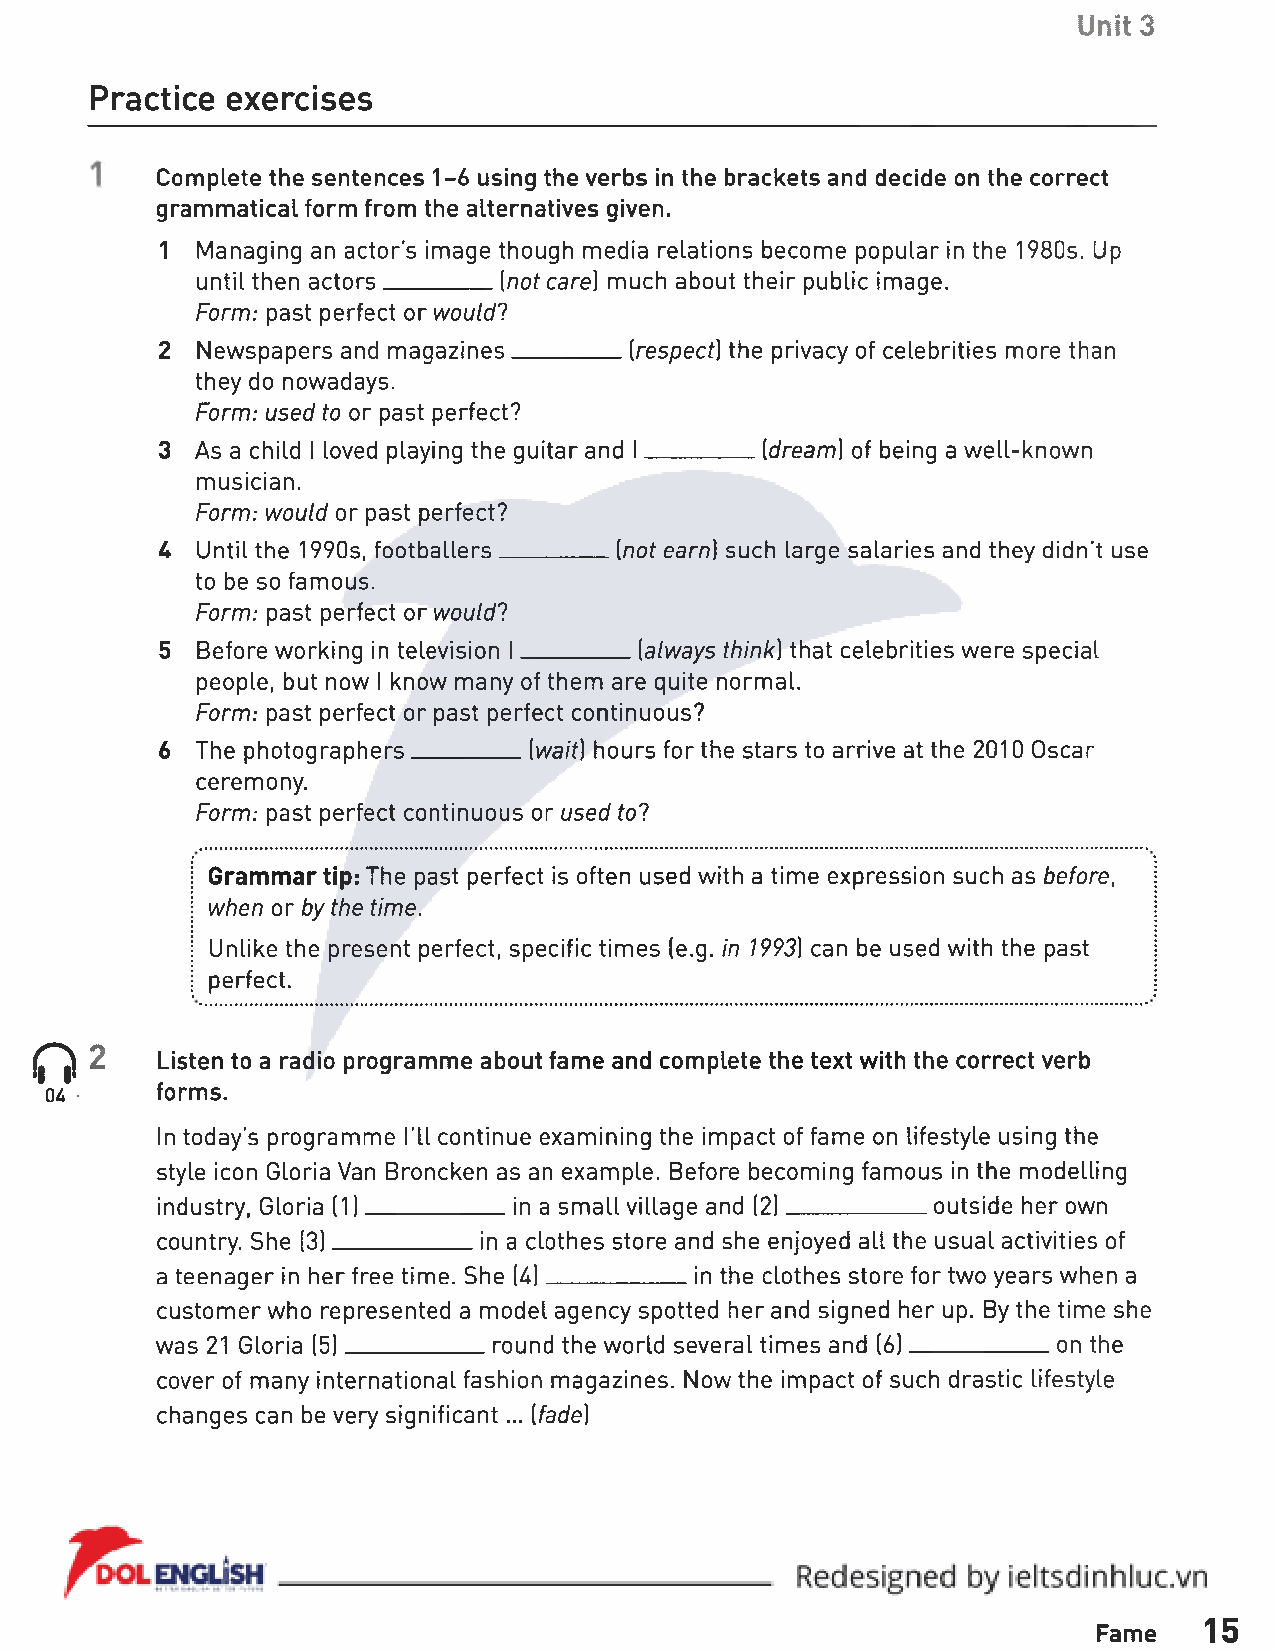
Unit 3
 Practice exercises
 Complete the sentences 1-6 using the verbs in the brackets and decide on the correct
 grammatical form from the alternatives given.
 1 Managing an actor's image though media relations become popular in the 1980s. Up
 until then actors_________[not care) much about their public image.
 Form: past perfect or would?
 2 Newspapers and magazines__________(respect) the privacy of celebrities more than
 they do nowadays.
 Form: used to or past perfect?
 3  As a child I loved playing the guitar and I_________[dream] of being a well-known
 musician.
 Form: would or past perfect?
 U  Until the 1990s, footballers_________[not earn) such large salaries and they didn't use
 to be so famous.
 Form: past perfect or would?
 5 Before working in television I___________ [always think} that celebrities were special
 people, but now I know many of them are quite normal.
 Form: past perfect or past perfect continuous?
 6 The photographers_________[wait] hours for the stars to arrive at the 2010 Oscar
 ceremony.
 Form: past perfect continuous or used to?
 Grammar tip: The past perfect is often used with a time expression such as before,
 when or by the time.
 Unlike the present perfect, specific times (e.g. in 1993} can be used with the past
 perfect.
 0  2 Listen to a radio programme about fame and complete the text with the correct verb
 04 •           forms.
 In today’s programme I’ll continue examining the impact of fame on lifestyle using the
 style icon Gloria Van Broncken as an example. Before becoming famous in the modelling
 industry, Gloria (1 ]___________in a small village and (2]____________outside her own
 country. She [3]___________ in a clothes store and she enjoyed all the usual activities of
 a teenager in her free time. She [U] ___________in the clothes store for two years when a
 customer who represented a model agency spotted her and signed her up. By the time she
 was 21 Gloria (5)___________ round the world several times and (6)____________on the
 cover of many international fashion magazines. Now the impact of such drastic lifestyle
 changes can be very significant... [fade]
 Fame   15